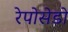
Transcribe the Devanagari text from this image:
रेपोसेडो